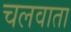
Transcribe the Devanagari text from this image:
चलवाता